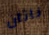
ناثان